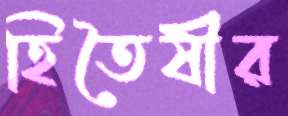
হিতৈষীর